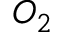
O _ { 2 }